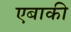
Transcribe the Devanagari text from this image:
एबाकी